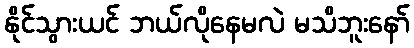
နိုင်သွားယင် ဘယ်လိုနေမလဲ မသိဘူးနော်